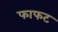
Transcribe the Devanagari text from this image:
फाफट